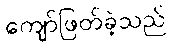
ကျော်ဖြတ်ခဲ့သည်